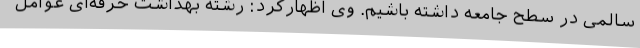
سالمی در سطح جامعه داشته باشیم. وی اظهارکرد: رشته بهداشت حرفه‌ای عوامل